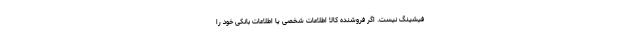
فیشینگ نیست. اگر فروشنده کالا اطلاعات شخصی یا اطلاعات بانکی خود را